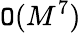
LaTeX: \mathtt{O}(M^{7})